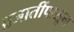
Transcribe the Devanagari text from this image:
प्रजातींपासून